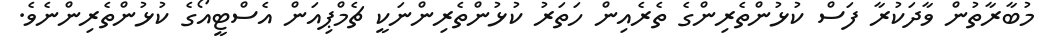
މުބާރާތުން ވާދަކުރާ ފަސް ކުޅުންތެރިންގެ ތެރެއިން ހަތަރު ކުޅުންތެރިންނަކީ ޗެމްޕިއަން އެސްޓީއޯގެ ކުޅުންތެރިންނެވެ.